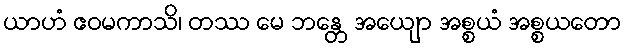
ယာဟံ ဧဝမကာသိ၊ တဿ မေ ဘန္တေ အယျော အစ္စယံ အစ္စယတော